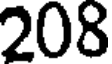
208